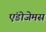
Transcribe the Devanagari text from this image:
एंडोजेमस